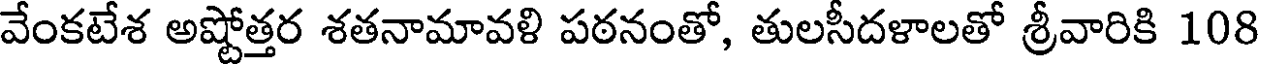
వేంకటేశ అష్టోత్తర శతనామావళి పఠనంతో, తులసీదళాలతో శ్రీవారికి 108